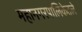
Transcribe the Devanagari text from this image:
महानगरपालिकेतले